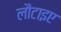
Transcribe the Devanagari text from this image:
लौटाइए